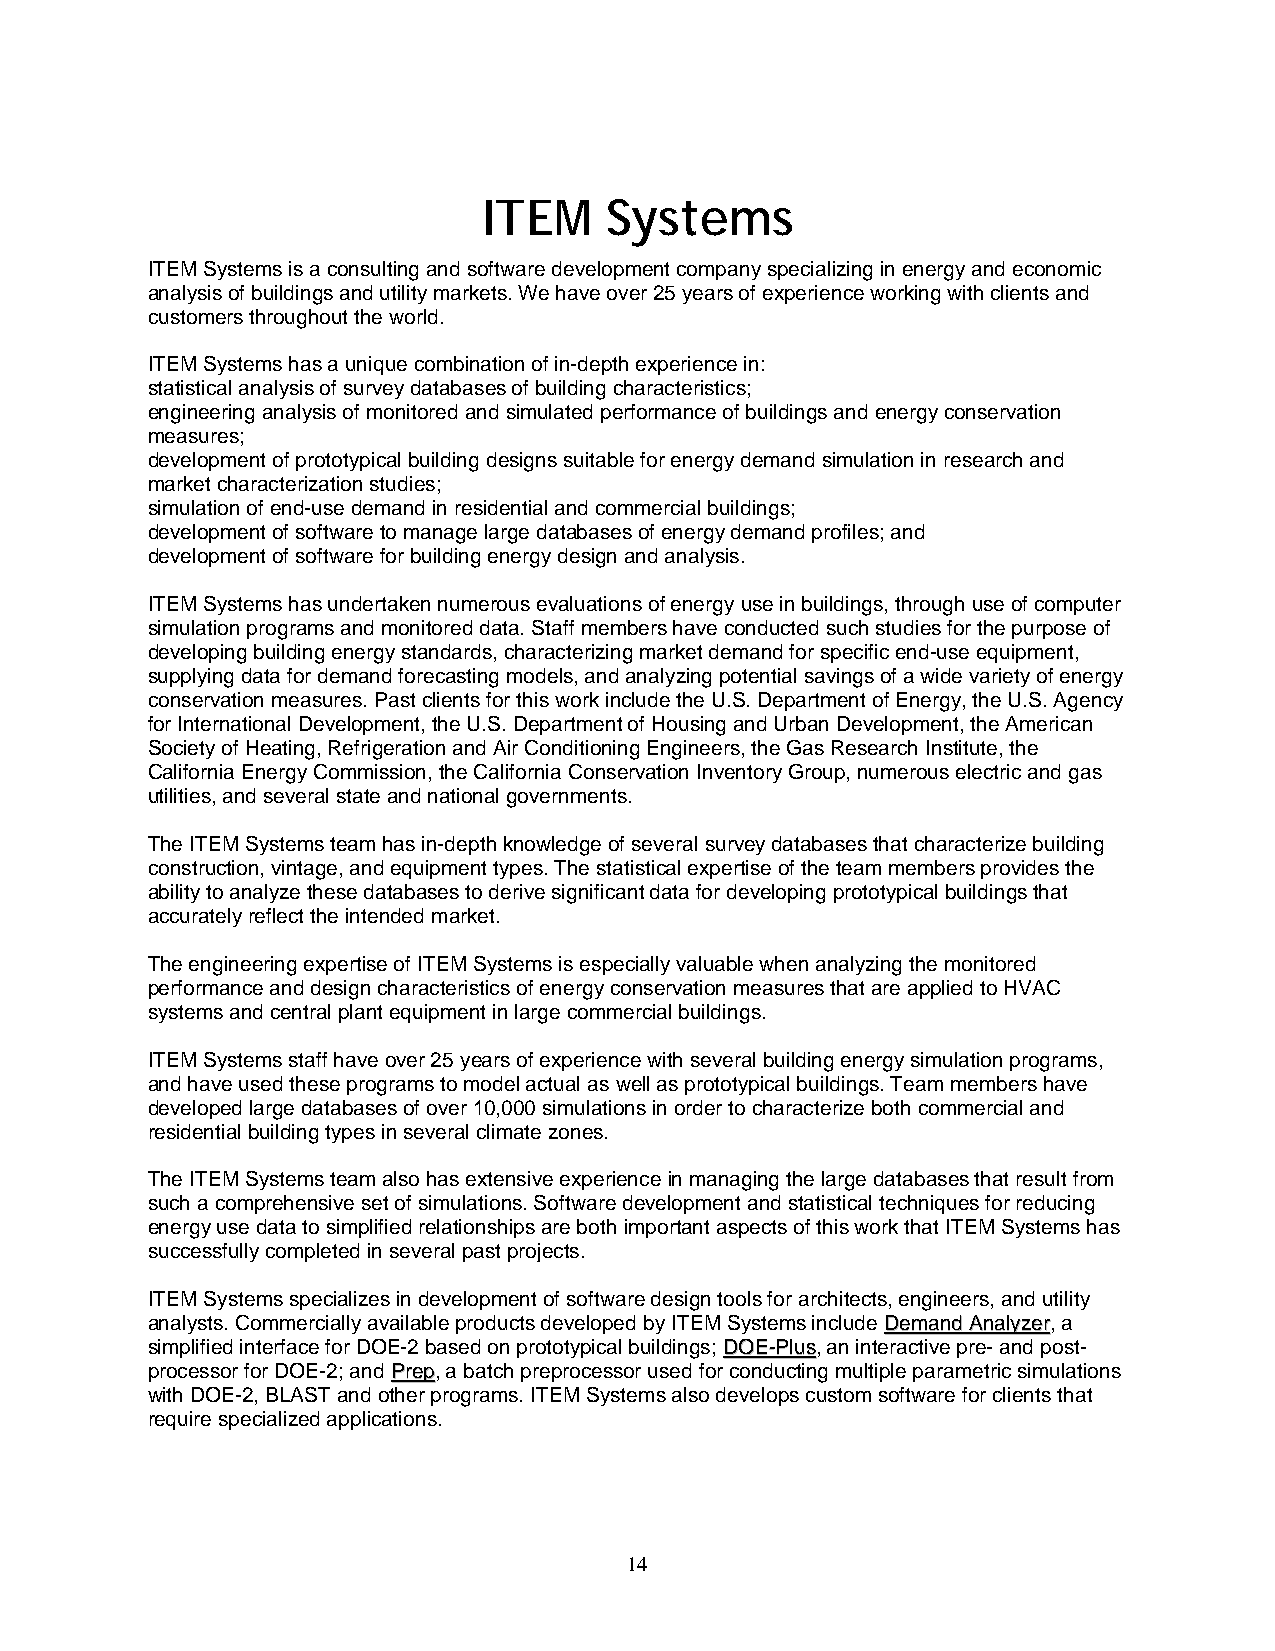
ITEM    Systems
 ITEM Systems is a consulting and software development company specializing in energy and economic
 analysis of buildings and utility markets. We have over 25 years of experience working with clients and
 customers throughout the world.
 ITEM Systems has a unique combination of in-depth experience in:
 statistical analysis of survey databases of building characteristics;
 engineering analysis of monitored and simulated performance of buildings and energy conservation
 measures;
 development of prototypical building designs suitable for energy demand simulation in research and
 market characterization studies;
 simulation of end-use demand in residential and commercial buildings;
 development of software to manage large databases of energy demand profiles; and
 development of software for building energy design and analysis.
 ITEM Systems has undertaken numerous evaluations of energy use in buildings, through use of computer
 simulation programs and monitored data. Staff members have conducted such studies for the purpose of
 developing building energy standards, characterizing market demand for specific end-use equipment,
 supplying data for demand forecasting models, and analyzing potential savings of a wide variety of energy
 conservation measures. Past clients for this work include the U.S. Department of Energy, the U.S. Agency
 for International Development, the U.S. Department of Housing and Urban Development, the American
 Society of Heating, Refrigeration and Air Conditioning Engineers, the Gas Research Institute, the
 California Energy Commission, the California Conservation Inventory Group, numerous electric and gas
 utilities, and several state and national governments.
 The ITEM Systems team has in-depth knowledge of several survey databases that characterize building
 construction, vintage, and equipment types. The statistical expertise of the team members provides the
 ability to analyze these databases to derive significant data for developing prototypical buildings that
 accurately reflect the intended market.
 The engineering expertise of ITEM Systems is especially valuable when analyzing the monitored
 performance and design characteristics of energy conservation measures that are applied to HVAC
 systems and central plant equipment in large commercial buildings.
 ITEM Systems staff have over 25 years of experience with several building energy simulation programs,
 and have used these programs to model actual as well as prototypical buildings. Team members have
 developed large databases of over 10,000 simulations in order to characterize both commercial and
 residential building types in several climate zones.
 The ITEM Systems team also has extensive experience in managing the large databases that result from
 such a comprehensive set of simulations. Software development and statistical techniques for reducing
 energy use data to simplified relationships are both important aspects of this work that ITEM Systems has
 successfully completed in several past projects.
 ITEM Systems specializes in development of software design tools for architects, engineers, and utility
 analysts. Commercially available products developed by ITEM Systems include DDeemmaanndd AAnnaallyyzzeerr, a
 simplified interface for DOE-2 based on prototypical buildings; DDOOEE--PPlluuss, an interactive pre- and post-
 processor for DOE-2; and PPrreepp, a batch preprocessor used for conducting multiple parametric simulations
 with DOE-2, BLAST and other programs. ITEM Systems also develops custom software for clients that
 require specialized applications.
 14